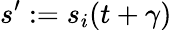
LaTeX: s^{\prime}:=s_{i}(t+\gamma)